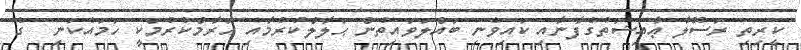
ކީރިތި ރަސޫލާ ޢާއިޝަތުގެފާނާއި ކައިވެނި ބައްލަވައިތުން ޙަލާލްކުރުމާއި ޙަރާމްކުރުމަކީ ހަމައެކަނި  ގެ